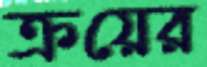
ক্রয়ের